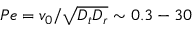
P e = v _ { 0 } / \sqrt { D _ { t } D _ { r } } \sim 0 . 3 - 3 0